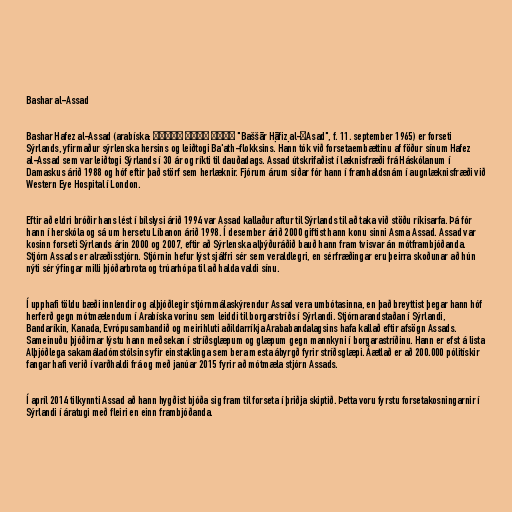
Bashar al-Assad

Bashar Hafez al-Assad (arabíska: بشار حافظ الأسد‎ "Baššār Ḥāfiẓ al-ʾAsad", f. 11. september 1965) er forseti
Sýrlands, yfirmaður sýrlenska hersins og leiðtogi Ba'ath-flokksins. Hann tók við forsetaembættinu af föður sínum Hafez
al-Assad sem var leiðtogi Sýrlands í 30 ár og ríkti til dauðadags. Assad útskrifaðist í læknisfræði frá Háskólanum í
Damaskus árið 1988 og hóf eftir það störf sem herlæknir. Fjórum árum síðar fór hann í framhaldsnám í augnlæknisfræði við
Western Eye Hospital í London.

Eftir að eldri bróðir hans lést í bílslysi árið 1994 var Assad kallaður aftur til Sýrlands til að taka við stöðu ríkisarfa. Þá fór
hann í herskóla og sá um hersetu Líbanon árið 1998. Í desember árið 2000 giftist hann konu sinni Asma Assad. Assad var
kosinn forseti Sýrlands árin 2000 og 2007, eftir að Sýrlenska alþýðuráðið bauð hann fram tvisvar án mótframbjóðanda.
Stjórn Assads er alræðisstjórn. Stjórnin hefur lýst sjálfri sér sem veraldlegri, en sérfræðingar eru þeirra skoðunar að hún
nýti sér ýfingar milli þjóðarbrota og trúarhópa til að halda valdi sínu.

Í upphafi töldu bæði innlendir og alþjóðlegir stjórnmálaskýrendur Assad vera umbótasinna, en það breyttist þegar hann hóf
herferð gegn mótmælendum í Arabíska vorinu sem leiddi til borgarstríðs í Sýrlandi. Stjórnarandstaðan í Sýrlandi,
Bandaríkin, Kanada, Evrópusambandið og meirihluti aðildarríkja Arababandalagsins hafa kallað eftir afsögn Assads.
Sameinuðu þjóðirnar lýstu hann meðsekan í stríðsglæpum og glæpum gegn mannkyni í borgarastríðinu. Hann er efst á lista
Alþjóðlega sakamáladómstólsins yfir einstaklinga sem bera mesta ábyrgð fyrir stríðsglæpi. Áætlað er að 200.000 pólitískir
fangar hafi verið í varðhaldi frá og með janúar 2015 fyrir að mótmæla stjórn Assads.

Í apríl 2014 tilkynnti Assad að hann hygðist bjóða sig fram til forseta í þriðja skiptið. Þetta voru fyrstu forsetakosningarnir í
Sýrlandi í áratugi með fleiri en einn frambjóðanda.